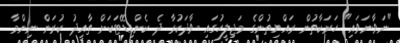
"ނަވާނަވައި" ހަރަކާތުން ރައްޔިތުންގެ މަޖިލީހުގައި ވާދަކުރާ ދެ ކެންޑިޑޭޓަކަށް ތާއީދު ކުރަން ނިންމާ